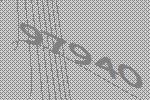
97940